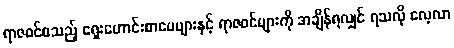
ရာဇဝင်စသည့် ရှေးဟောင်းစာပေများနှင့် ရာဇဝင်များကို အချိန်ရလျှင် ရသလို လေ့လာ